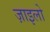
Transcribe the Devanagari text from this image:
ज़ाइलो